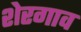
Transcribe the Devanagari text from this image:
शेरगाव